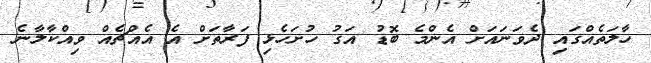
ހާލަތެއްގައި ދެވަނައަށް އެންމެ ބޮޑު އަގު ހުށަހެޅި ފަރާތަށް އެ އެއްޗެއް ވިއްކާލާނެ